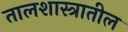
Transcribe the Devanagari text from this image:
तालशास्त्रातील